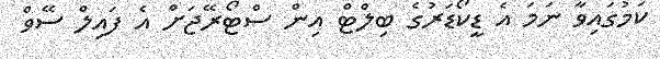
ކަމުގައިވާ ނަމަ އެ ޑީކޯޑަރުގެ ބިލްޓް އިން ސްޓޯރޭޖަށް އެ ފައިލް ސޭވް